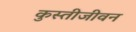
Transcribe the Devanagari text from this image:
कुस्तीजीवन